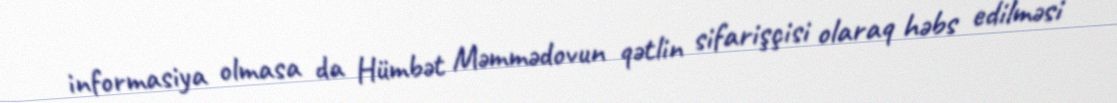
informasiya olmasa da Hümbət Məmmədovun qətlin sifarişçisi olaraq həbs edilməsi